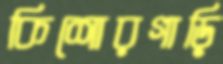
কিশোরগাড়ি